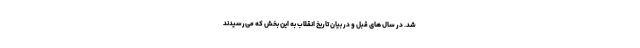
شد. در سال های قبل و در بیان تاریخ انقلاب به این بخش که می‌رسیدند